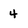
Character: 4